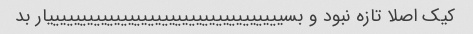
کیک اصلا تازه نبود و بسیییییییییییییییییییییییییییییییییییار بد